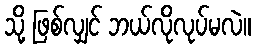
သို့ ဖြစ်လျှင် ဘယ်လိုလုပ်မလဲ။